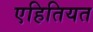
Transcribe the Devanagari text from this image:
एहितियत